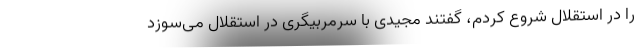
را در استقلال شروع کردم، گفتند مجیدی با سرمربیگری در استقلال می‌سوزد